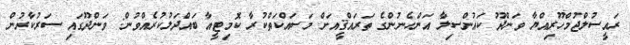
ރައީސުލްޖުމްހޫރިއްޔާ ވަންދޫ ކައުންސިލާ އަންހެނުންގެ ތަރައްޤީއަށް މަސައްކަތްކުރާ ކޮމިޓީއާ ބައްދަލުކުރެއްވުން: ވަންދޫގައި ސަރުކާރުން